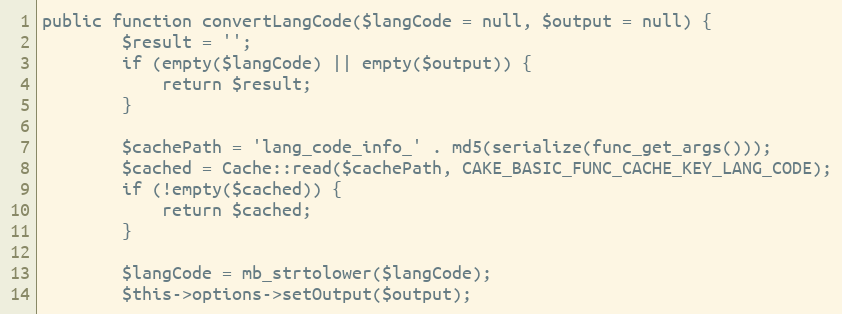
Language: PHP
public function convertLangCode($langCode = null, $output = null) {
		$result = '';
		if (empty($langCode) || empty($output)) {
			return $result;
		}

		$cachePath = 'lang_code_info_' . md5(serialize(func_get_args()));
		$cached = Cache::read($cachePath, CAKE_BASIC_FUNC_CACHE_KEY_LANG_CODE);
		if (!empty($cached)) {
			return $cached;
		}

		$langCode = mb_strtolower($langCode);
		$this->options->setOutput($output);